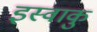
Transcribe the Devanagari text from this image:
इस्वाकु